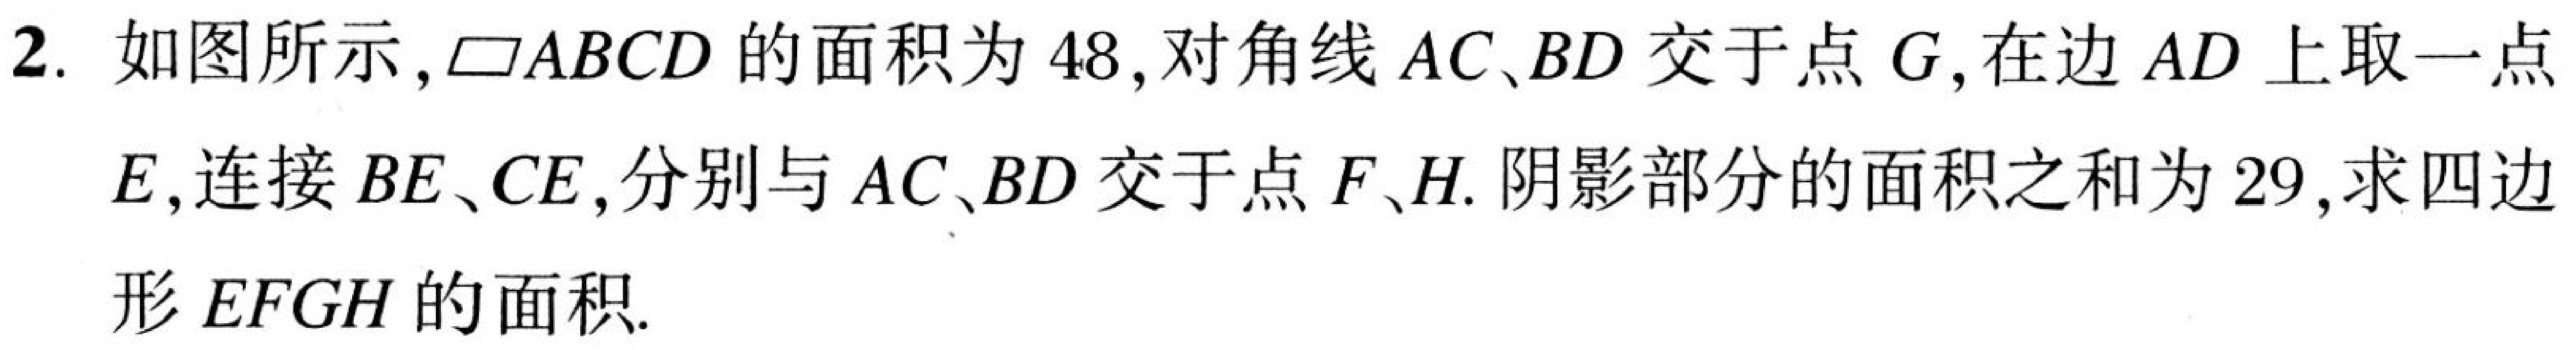
2. 如图所示,$\parallelogram ABCD$的面积为$48$,对角线$AC、BD$交于点$G$,在边$AD$上取一点$E$,连接$BE、CE$,分别与$AC、BD$交于点$F、H$. 阴影部分的面积之和为$29$,求四边形$EFGH$的面积.